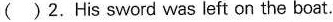
( )2.His sword was left on the boat.